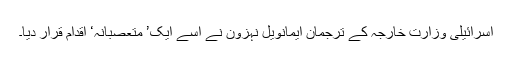
اسرائیلی وزارت خارجہ کے ترجمان ایمانویل نہزون نے اسے ایک’ متعصبانہ‘ اقدام قرار دیا۔